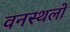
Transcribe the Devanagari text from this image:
वनस्थलों